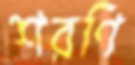
শরণি